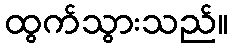
ထွက်သွားသည်။